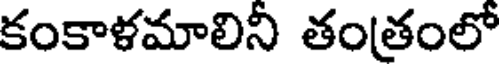
కంకాళమాలినీ తంతంలో